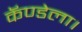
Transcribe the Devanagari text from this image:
कॅण्डेला।